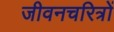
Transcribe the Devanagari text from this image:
जीवनचरित्रों